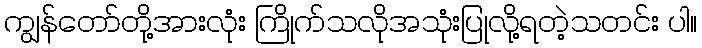
ကျွန်တော်တို့အားလုံး ကြိုက်သလိုအသုံးပြုလို့ရတဲ့သတင်း ပါ။